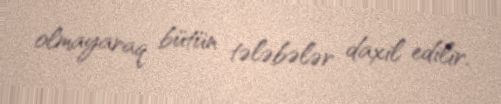
olmayaraq bütün tələbələr daxil edilir.